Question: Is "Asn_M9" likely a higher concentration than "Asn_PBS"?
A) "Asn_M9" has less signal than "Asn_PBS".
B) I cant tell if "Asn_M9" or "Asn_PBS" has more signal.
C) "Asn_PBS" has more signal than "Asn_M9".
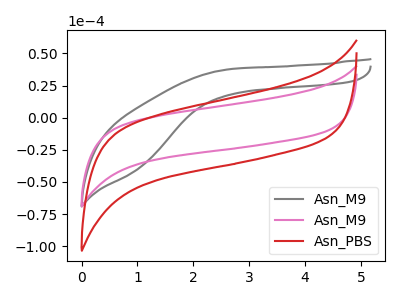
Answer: <think>The gray curve "Asn_M9" has no peaks. The pink curve "Asn_M9" has no peaks. The red curve "Asn_PBS" has no peaks.
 Neither "Asn_M9" or "Asn_PBS" have any peaks.</think>
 <answer>B) I cant tell if "Asn_M9" or "Asn_PBS" has more signal.</answer>
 <eval>B</eval>